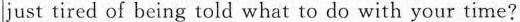
just tired of being told what to do with your time?